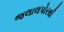
જલાલપોરથી